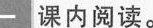
一 课内阅读。